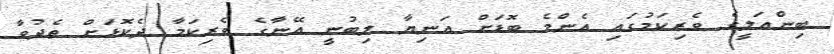
ބިންޢަލީގެ ވެރިކަމުގައި އެންމެ ބޮޑަށް އަނިޔާ ލިބުނީ އޭނާގެ ވެރިކަމާ ދެކޮޅަށް ތެދުވާ